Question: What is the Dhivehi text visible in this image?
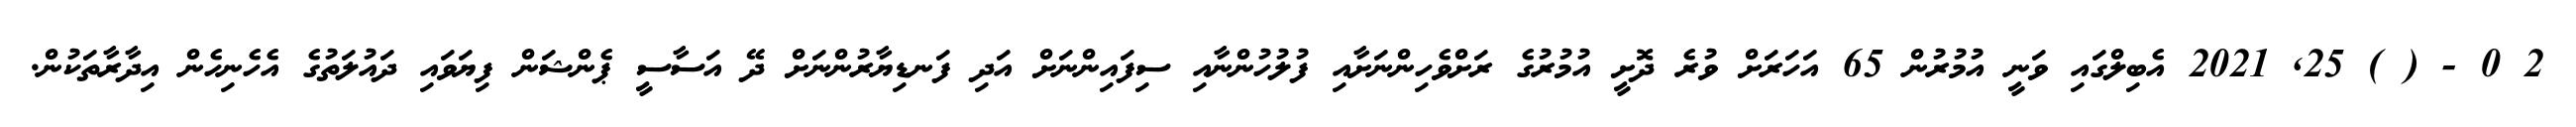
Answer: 2 0 - ( ) 25, 2021 އެބިލްގައި ވަނީ އުމުރުން 65 އަހަރަށް ވުރެ ދޮށީ އުމުރުގެ ރަށްވެހިންނަށާއި ފުލުހުންނާއި ސިފައިންނަށް އަދި ފަނޑިޔާރުންނަށް ދޭ އަސާސީ ޕެންޝަން ފިޔަވައި ދައުލަތުގެ އެހެނިހެން އިދާރާތަކުން.